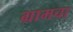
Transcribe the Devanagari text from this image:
ग्रामचा